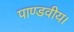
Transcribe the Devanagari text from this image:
पाण्डवीय।